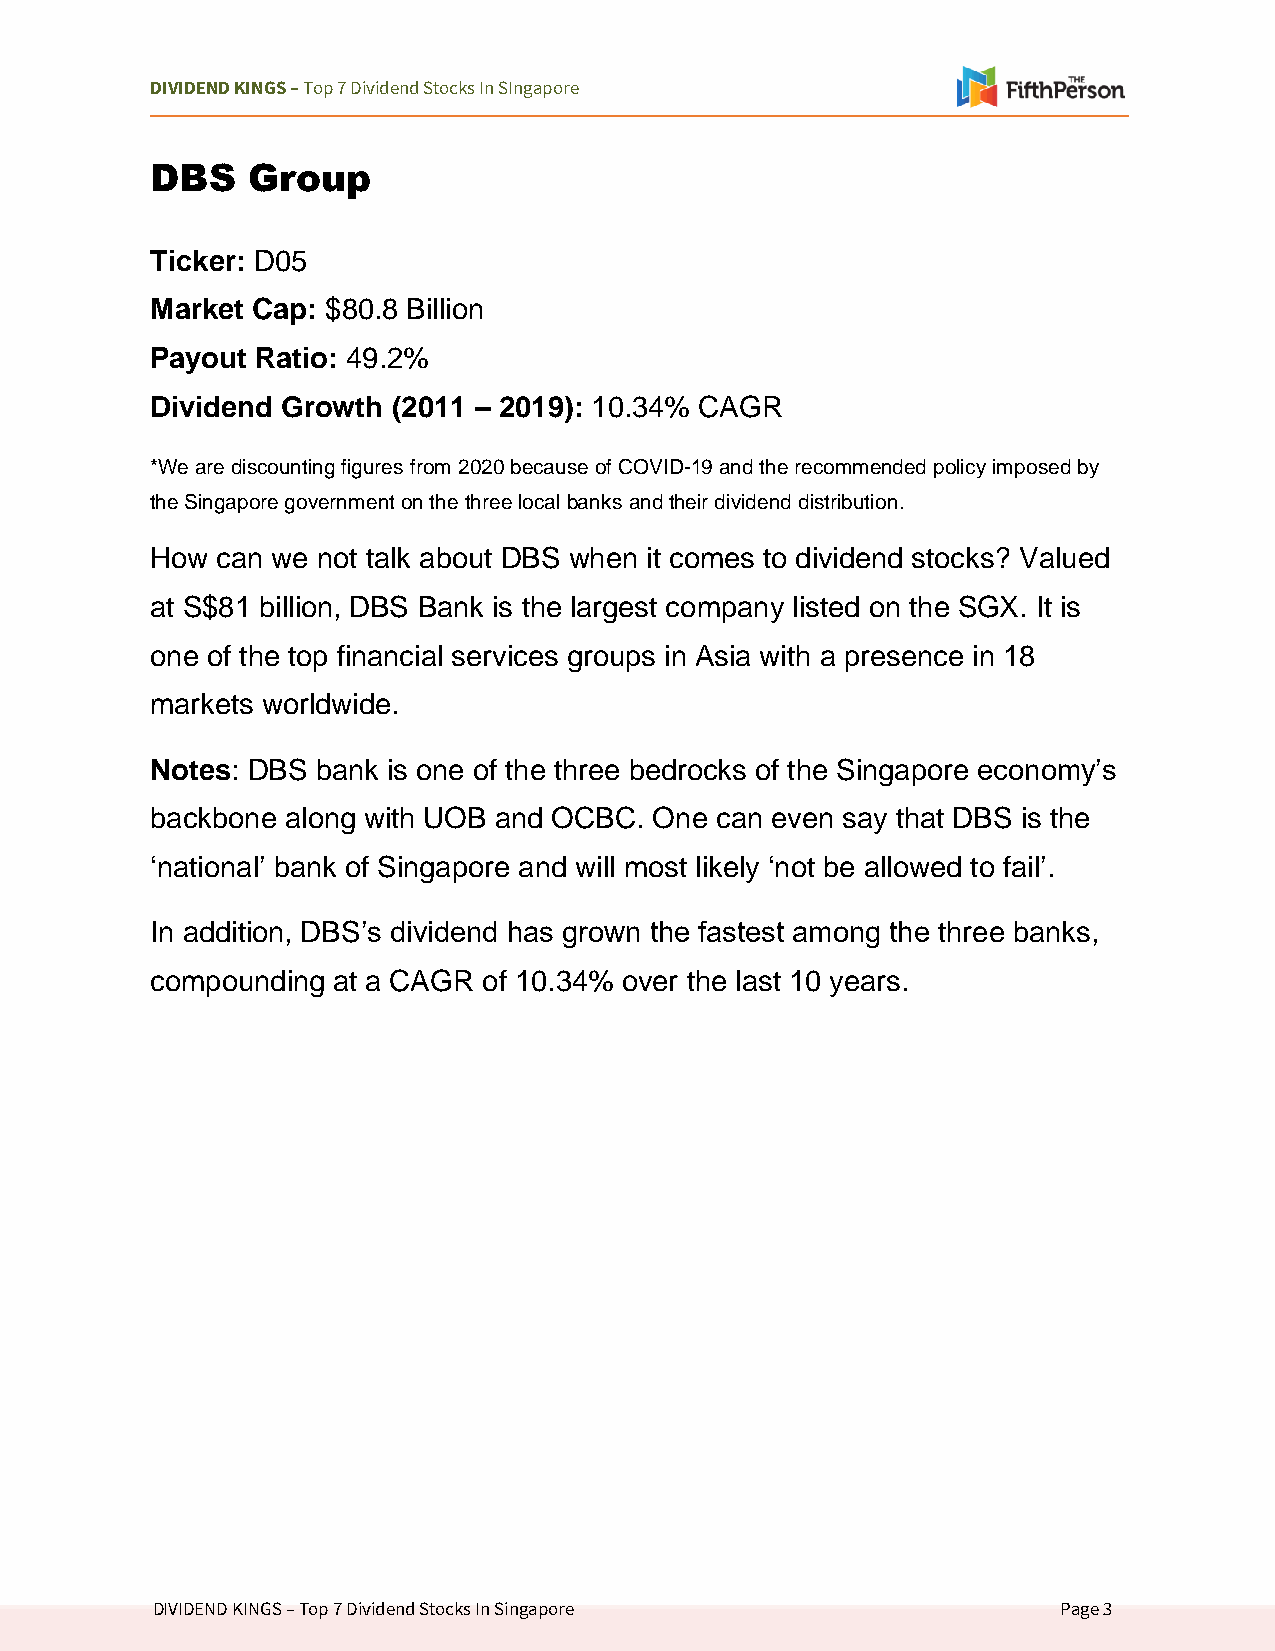
DIVIDEND KINGS – Top 7 Dividend Stocks In SIngapore
 DBS   Group
 Ticker: D05
 Market Cap: $80.8 Billion
 Payout Ratio: 49.2%
 Dividend Growth (2011 – 2019): 10.34% CAGR
 *We are discounting figures from 2020 because of COVID-19 and the recommended policy imposed by
 the Singapore government on the three local banks and their dividend distribution.
 How can we not talk about DBS when it comes to dividend stocks? Valued
 at S$81 billion, DBS Bank is the largest company listed on the SGX. It is
 one of the top financial services groups in Asia with a presence in 18
 markets worldwide.
 Notes: DBS bank is one of the three bedrocks of the Singapore economy’s
 backbone along with UOB and OCBC. One can even say that DBS is the
 ‘national’ bank of Singapore and will most likely ‘not be allowed to fail’.
 In addition, DBS’s dividend has grown the fastest among the three banks,
 compounding at a CAGR of 10.34% over the last 10 years.
 DIVIDEND KINGS – Top 7 Dividend Stocks In Singapore         Page 3